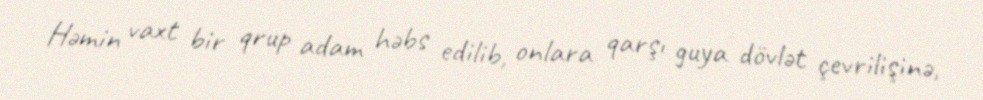
Həmin vaxt bir qrup adam həbs edilib, onlara qarşı guya dövlət çevrilişinə,